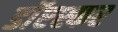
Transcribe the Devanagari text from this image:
डाॅएश्कर